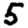
Digit: 5